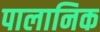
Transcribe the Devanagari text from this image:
पालानिक